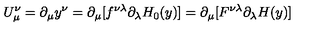
U _ { \mu } ^ { \nu } = \partial _ { \mu } y ^ { \nu } = \partial _ { \mu } [ f ^ { \nu \lambda } \partial _ { \lambda } H _ { 0 } ( y ) ] \nonumber = \partial _ { \mu } [ F ^ { \nu \lambda } \partial _ { \lambda } H ( y ) ]